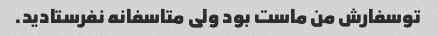
تو‌سفارش من ماست بود ولی متاسفانه نفرستادید.